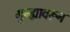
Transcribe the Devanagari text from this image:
गुन्ह्यावरून